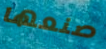
صنعها